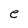
Character: e